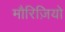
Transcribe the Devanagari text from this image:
मौरिज़ियो